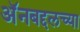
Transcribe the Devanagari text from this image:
अॅनबद्दलच्या